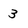
Character: 3